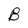
Character: B